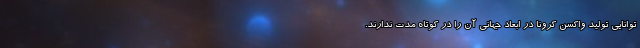
توانایی تولید واکسن کرونا در ابعاد جهانی آن را در کوتاه مدت ندارند.